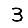
Digit: 3